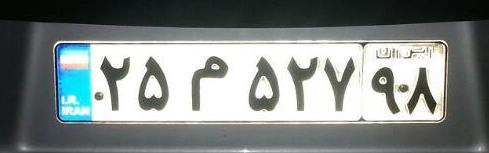
۲۵م۵۲۷۹۸